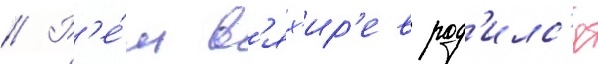
// Р'е́м в'ях'ир'ев род'илс'я